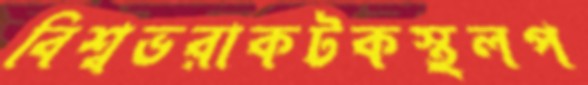
বিশ্বভরাকটকস্থলপ